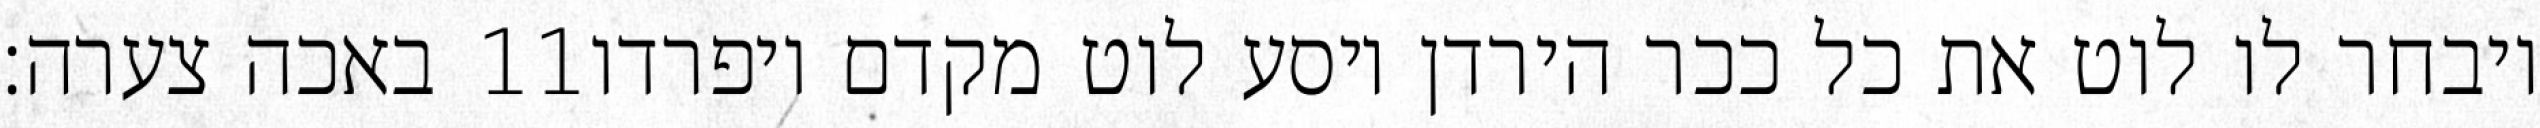
באכה צערה׃ ‎11‏ ויבחר לו לוט את כל ככר הירדן ויסע לוט מקדם ויפרדו